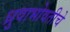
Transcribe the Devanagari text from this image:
ध्रुवाभोवतीचे